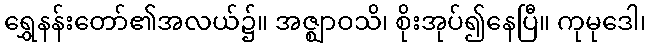
ရွှေနန်းတော်၏အလယ်၌။ အဇ္ဈာဝသိ၊ စိုးအုပ်၍နေပြီ။ ကုမုဒေါ၊